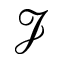
\mathcal { J }